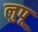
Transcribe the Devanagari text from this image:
लुपू